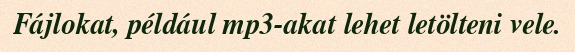
Fájlokat, például mp3-akat lehet letölteni vele.